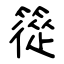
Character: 篵